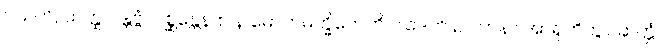
ဝသတိ, တတ္ထ ဂန္တဗ္ဗံ။ ဂစ္ဆန္တေန စ န ဓောတမက္ခိတေဟိ ပါဒေဟိ ဥပါဟနာ အာရူဟိတွာ ဆတ္တံ